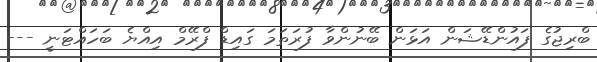
ބްރިޖުގެ ފައުންޑޭޝަން އަޅަން ބޭނުންވާ ފުރަތަމަ ގައިޑް ފްރޭމް އިއްޔެ ބަހައްޓަނީ ---